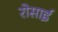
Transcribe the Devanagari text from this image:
रोसाई